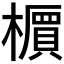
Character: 𬄹